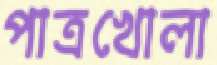
পাত্রখোলা